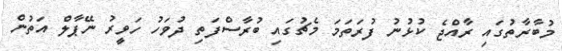
މުބާރާތުގައި ރާއްޖެ ކުޅުނު ފުރަތަމަ މެޗުގައި ބުރާސްފަތި ދުވަހު ހަވީރު ނޭޕާލް އަތުން